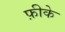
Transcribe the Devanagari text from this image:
फ़ीके